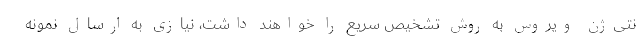
نتی‌ژن ویروس به روش تشخیص سریع را خواهند داشت، نیازی به ارسال نمونه